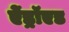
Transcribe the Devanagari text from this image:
ऐंड्रॉएड